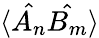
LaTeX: \langle\hat{A_{n}}\hat{B_{m}}\rangle